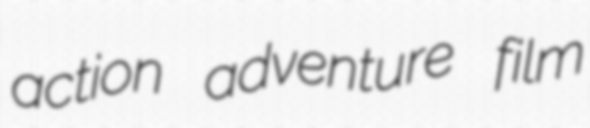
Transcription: action adventure film